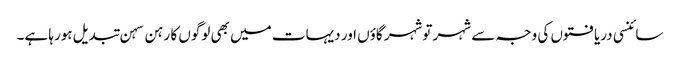
سائنسی دریافتوں کی وجہ سے شہر توشہر گاؤں اور دیہات میں بھی لوگوں کا رہن سہن تبدیل ہورہا ہے۔